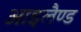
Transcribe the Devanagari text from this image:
आइलैण्‍ड